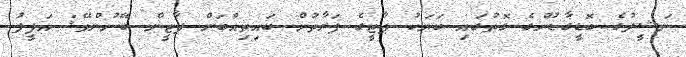
ނަޝީދުގެ ބޮޑީގާޑުންގެ ގޮތުގައި ބަޔަކު ޕާޓީގެ ފަރާތުން ބައިތިއްބަން ޕާޓީން ބޭނުންވޭ: އަފީފު